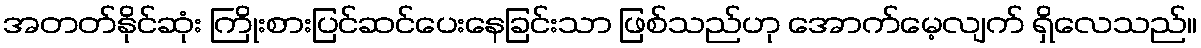
အတတ်နိုင်ဆုံး ကြိုးစားပြင်ဆင်ပေးနေခြင်းသာ ဖြစ်သည်ဟု အောက်မေ့လျက် ရှိလေသည်။